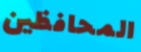
المحافظين